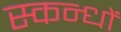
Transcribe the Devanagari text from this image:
स्कन्धों